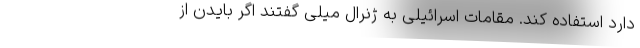
دارد استفاده کند. مقامات اسرائیلی‌ به ژنرال میلی گفتند اگر بایدن از